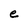
Character: e